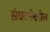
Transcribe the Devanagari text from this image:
संघटनेवरील